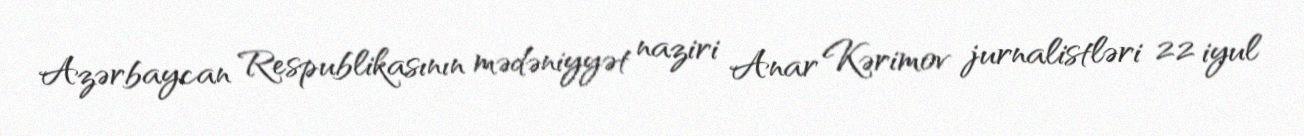
Azərbaycan Respublikasının mədəniyyət naziri Anar Kərimov jurnalistləri 22 iyul